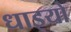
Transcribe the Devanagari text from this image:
धाइयो